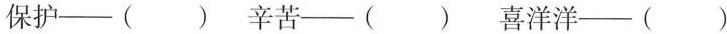
保护—( ) 辛苦—( ) 喜洋洋—( )